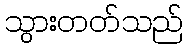
သွားတတ်သည်